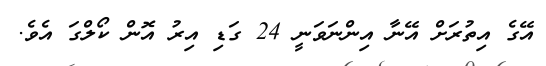
އޭގެ އިތުރަށް އޭނާ އިންނަވަނީ 24 ގަޑި އިރު އޮން ކޯލްގަ އެވެ.